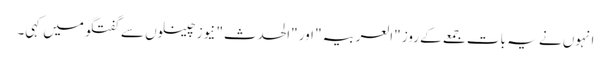
انہوں نے یہ بات جمعے کے روز "العربیہ" اور "الحدث" نیوز چینلوں سے گفتگو میں کہی۔